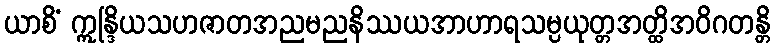
ယာစိံ ဣန္ဒြိယသဟဇာတအညမညနိဿယအာဟာရသမ္ပယုတ္တအတ္ထိအဝိဂတန္တိ